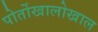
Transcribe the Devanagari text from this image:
पोर्तोखालोखाल